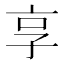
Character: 享